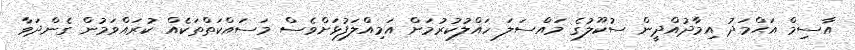
އާސިމް އަޙްމަދު އިމާދުއްދީން ސުކޫލުގެ މައްސަލަ ހައްލުކުރުމަށް އަމިއްލަފުޅަށްވެސް މަސައްކަތްތަކެއް ކުރައްވަމުން ގެންދަވާ